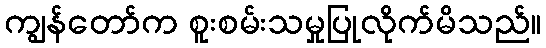
ကျွန်တော်က စူးစမ်းသမှုပြုလိုက်မိသည်။